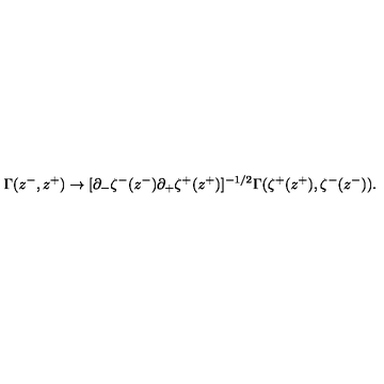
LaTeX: \Gamma ( z ^ { - } , z ^ { + } ) \to [ \partial _ { - } \zeta ^ { - } ( z ^ { - } ) \partial _ { + } \zeta ^ { + } ( z ^ { + } ) ] ^ { - 1 / 2 } \Gamma ( \zeta ^ { + } ( z ^ { + } ) , \zeta ^ { - } ( z ^ { - } ) ) .